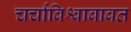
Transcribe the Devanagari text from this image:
चर्चाविश्वाबाबत